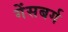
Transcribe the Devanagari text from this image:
गेंसबर्ग